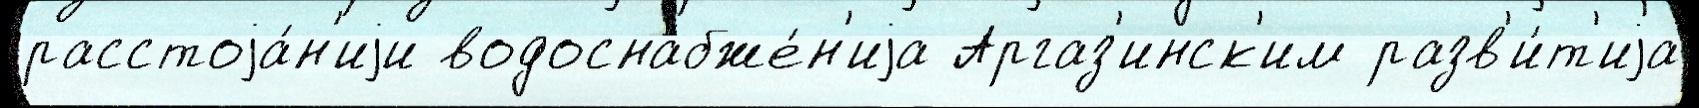
расстоjа́н'иjи водоснабже́н'иjа Аргаз'инск'им разв'и́т'иjа